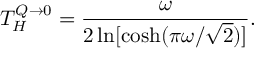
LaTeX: T _ { H } ^ { Q \to 0 } = { \frac { \omega } { 2 \ln [ \cosh ( \pi \omega / \sqrt 2 ) ] } } .